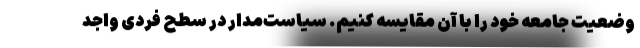
وضعیت جامعه خود را با آن مقایسه کنیم. سیاست‌مدار در سطح فردی واجد